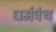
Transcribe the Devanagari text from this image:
धर्मपंथ